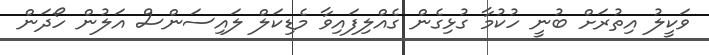
ވަކީލު އިތުރަށް ބުނީ ހުކުމާ ގުޅިގެން ގެއްލިފައިވާ މެޑިކަލް ލައިސަންސް އަލުން ހޯދަން